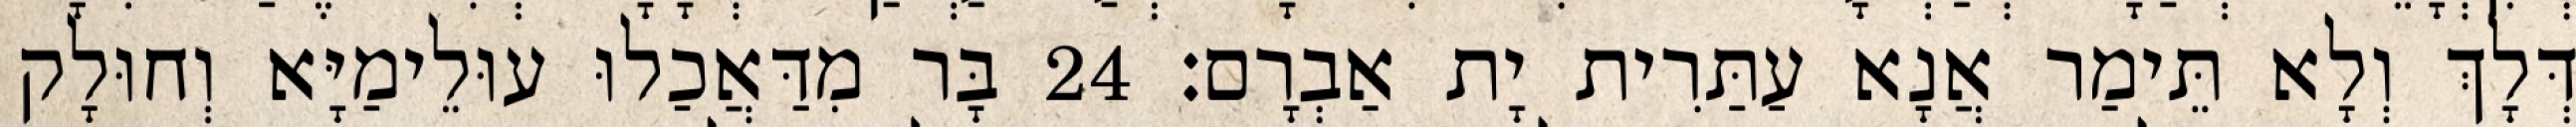
דְּלָךְ וְלָא תֵּימַר אֲנָא עַתַּרִית יָת אַבְרָם׃ 24 בָּר מִדַּאֲכַלוּ עוּלֵימַיָּא וְחוּלָק